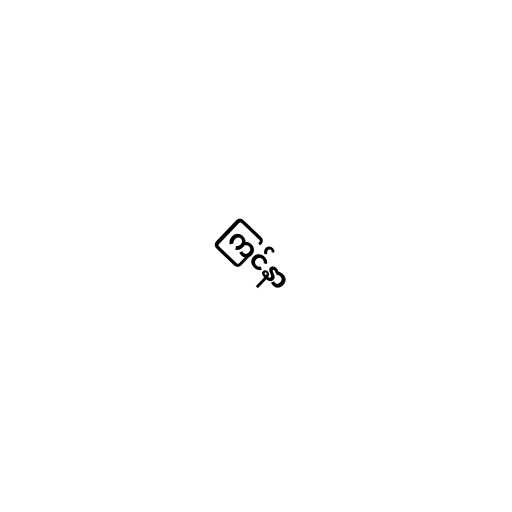
ကြင်နာ